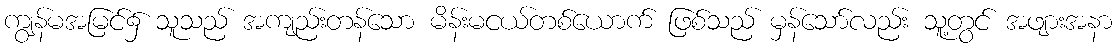
ကျွန်မအမြင်၌ သူသည် အကျည်းတန်သော မိန်းမငယ်တစ်ယောက် ဖြစ်သည် မှန်သော်လည်း သူ့တွင် အဖျားအနာ